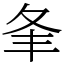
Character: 夆